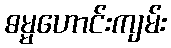
ဓမ္မဟောင်းကျမ်း